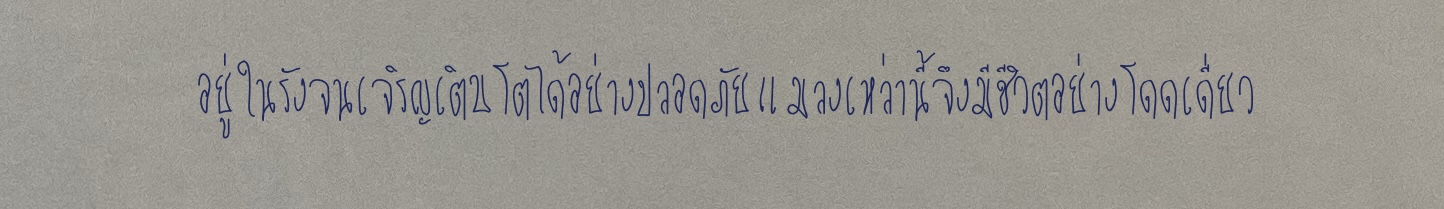
อยู่ในรังจนเจริญเติบโตได้อย่างปลอดภัยแมลงเหล่านี้จึงมีชีวิตอย่างโดดเดี่ยว